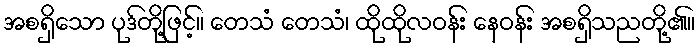
အစရှိသော ပုဒ်တို့ဖြင့်။ တေသံ တေသံ၊ ထိုထိုလဝန်း နေဝန်း အစရှိသညတို့၏။